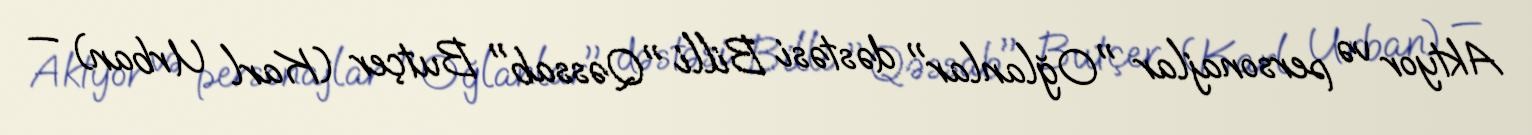
Aktyor və personajlar "Oğlanlar" dəstəsi Billi "Qəssab" Butçer (Karl Urban) —